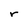
Character: r